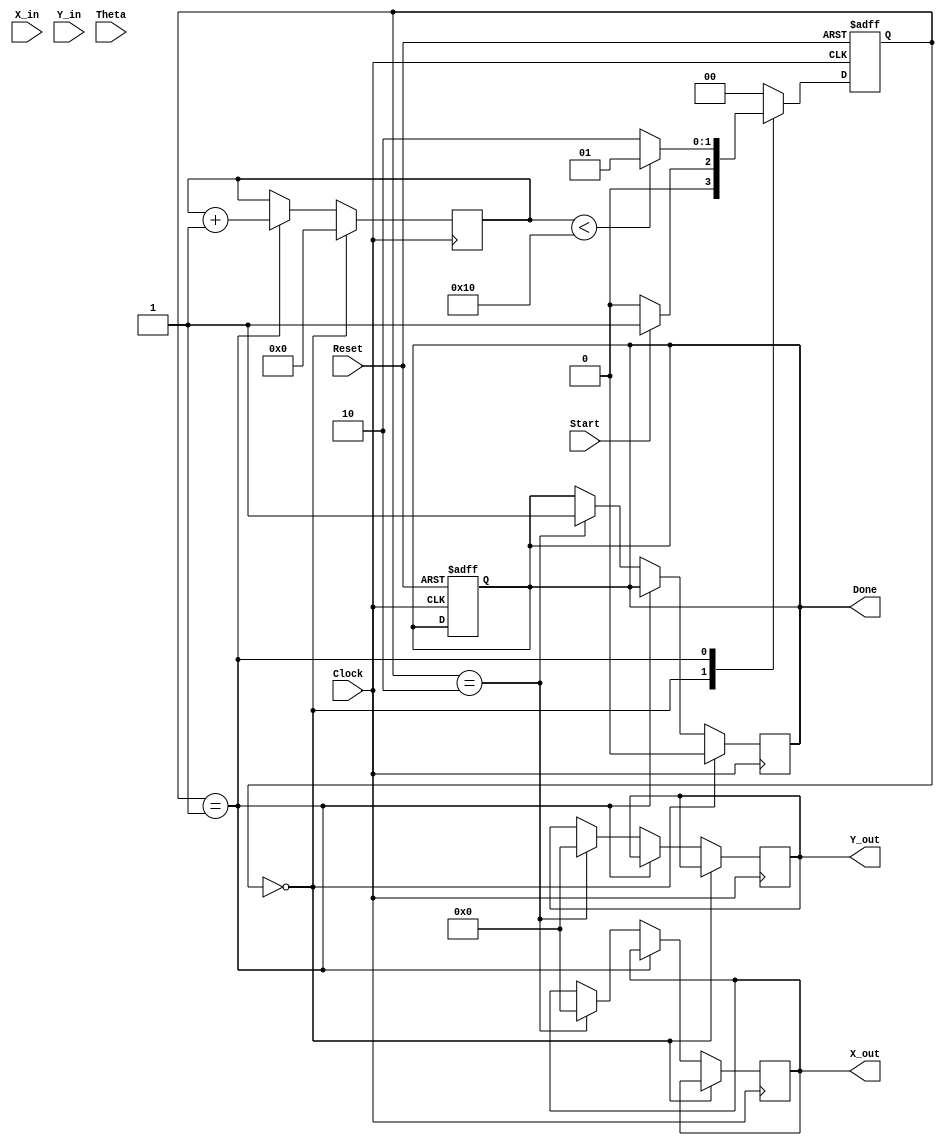
module complex_cordic (
    input wire signed [15:0] X_in,      // Real part of the input vector
    input wire signed [15:0] Y_in,      // Imaginary part of the input vector
    input wire signed [15:0] Theta,     // Angle of rotation
    input wire Start,                   // Control signal to initiate the CORDIC operation
    input wire Reset,                   // Asynchronous reset signal
    input wire Clock,                   // Clock signal
    output reg signed [15:0] X_out,     // Real part of the output vector
    output reg signed [15:0] Y_out,     // Imaginary part of the output vector
    output reg Done                     // Signal indicating completion
);

    // Parameters
    localparam NUM_ITERATIONS = 16;     // Number of CORDIC iterations
    localparam ANGLE_WIDTH = 16;        // Width of angle representation
    localparam SCALE_FACTOR = 16'h26DD; // Precomputed scaling factor (approx. 0.607)

    // State encoding
    localparam IDLE = 2'b00;
    localparam ROTATE = 2'b01;
    localparam DONE_STATE = 2'b10;

    // Internal signals
    reg [1:0] state, next_state;
    reg signed [15:0] X, Y;
    reg signed [ANGLE_WIDTH-1:0] angle;
    reg [3:0] iteration_count;

    // Angle lookup table for CORDIC (in fixed-point representation)
    reg signed [ANGLE_WIDTH-1:0] angle_table [0:NUM_ITERATIONS-1];
    
    initial begin
        angle_table[0] = 16'h3C90; // atan(2^-0)
        angle_table[1] = 16'h3B6D; // atan(2^-1)
        angle_table[2] = 16'h3A2C; // atan(2^-2)
        angle_table[3] = 16'h3928; // atan(2^-3)
        angle_table[4] = 16'h3840; // atan(2^-4)
        angle_table[5] = 16'h378D; // atan(2^-5)
        angle_table[6] = 16'h36E8; // atan(2^-6)
        angle_table[7] = 16'h3660; // atan(2^-7)
        angle_table[8] = 16'h35E8; // atan(2^-8)
        angle_table[9] = 16'h3570; // atan(2^-9)
        angle_table[10] = 16'h3510; // atan(2^-10)
        angle_table[11] = 16'h34B0; // atan(2^-11)
        angle_table[12] = 16'h3460; // atan(2^-12)
        angle_table[13] = 16'h3410; // atan(2^-13)
        angle_table[14] = 16'h33D0; // atan(2^-14)
        angle_table[15] = 16'h33A0; // atan(2^-15)
    end

    // State machine
    always @(posedge Clock or posedge Reset) begin
        if (Reset) begin
            state <= IDLE;
            Done <= 0;
        end else begin
            state <= next_state;
        end
    end

    // Next state logic
    always @(*) begin
        case (state)
            IDLE: begin
                if (Start) begin
                    next_state = ROTATE;
                end else begin
                    next_state = IDLE;
                end
            end
            ROTATE: begin
                if (iteration_count < NUM_ITERATIONS) begin
                    next_state = ROTATE;
                end else begin
                    next_state = DONE_STATE;
                end
            end
            DONE_STATE: begin
                next_state = IDLE; // Go back to idle after done
            end
            default: next_state = IDLE;
        endcase
    end

    // CORDIC rotation logic
    always @(posedge Clock) begin
        if (state == IDLE) begin
            X <= X_in;
            Y <= Y_in;
            angle <= Theta;
            iteration_count <= 0;
            Done <= 0;
        end else if (state == ROTATE) begin
            if (angle < 0) begin
                X <= X + (Y >>> iteration_count);
                Y <= Y - (X >>> iteration_count);
                angle <= angle + angle_table[iteration_count];
            end else begin
                X <= X - (Y >>> iteration_count);
                Y <= Y + (X >>> iteration_count);
                angle <= angle - angle_table[iteration_count];
            end
            iteration_count <= iteration_count + 1;
        end else if (state == DONE_STATE) begin
            X_out <= X * SCALE_FACTOR >>> 16; // Apply scaling
            Y_out <= Y * SCALE_FACTOR >>> 16; // Apply scaling
            Done <= 1;
        end
    end

endmodule